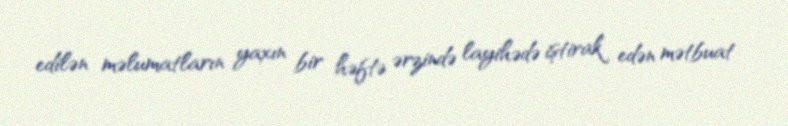
edilən məlumatların yaxın bir həftə ərzində layihədə iştirak edən mətbuat